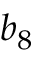
b _ { 8 }